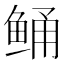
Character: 鲬